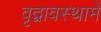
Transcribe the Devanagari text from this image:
वृद्वावस्थामें